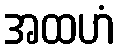
အထဟံ